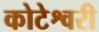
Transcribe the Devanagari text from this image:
कोटेश्वरी